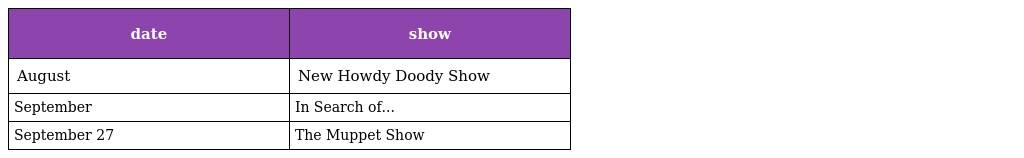
| date | show |
 | --- | --- |
 | August | New Howdy Doody Show |
 | September | In Search of... |
 | September 27 | The Muppet Show |